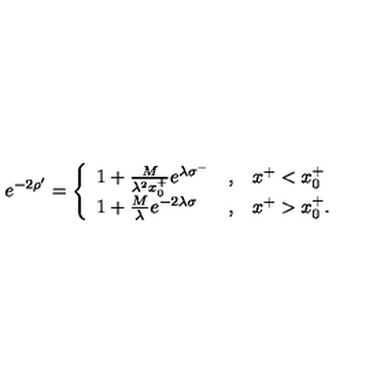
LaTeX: e ^ { - 2 \rho ^ { \prime } } = \left\{ \begin{array} { l c l } { 1 + { \frac { M } { \lambda ^ { 2 } x _ { 0 } ^ { + } } } e ^ { \lambda \sigma ^ { - } } } & { , } & { x ^ { + } < x _ { 0 } ^ { + } \nonumber } \\ { 1 + { \frac { M } { \lambda } } e ^ { - 2 \lambda \sigma } } & { , } & { x ^ { + } > x _ { 0 } ^ { + } . } \\ \end{array} \right.